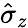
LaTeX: {\hat{\sigma}}_{z}